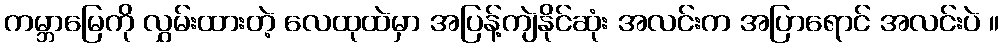
ကမ္ဘာမြေကို လွှမ်းထားတဲ့ လေထုထဲမှာ အပြန့်ကျဲနိုင်ဆုံး အလင်းက အပြာရောင် အလင်းပဲ ။